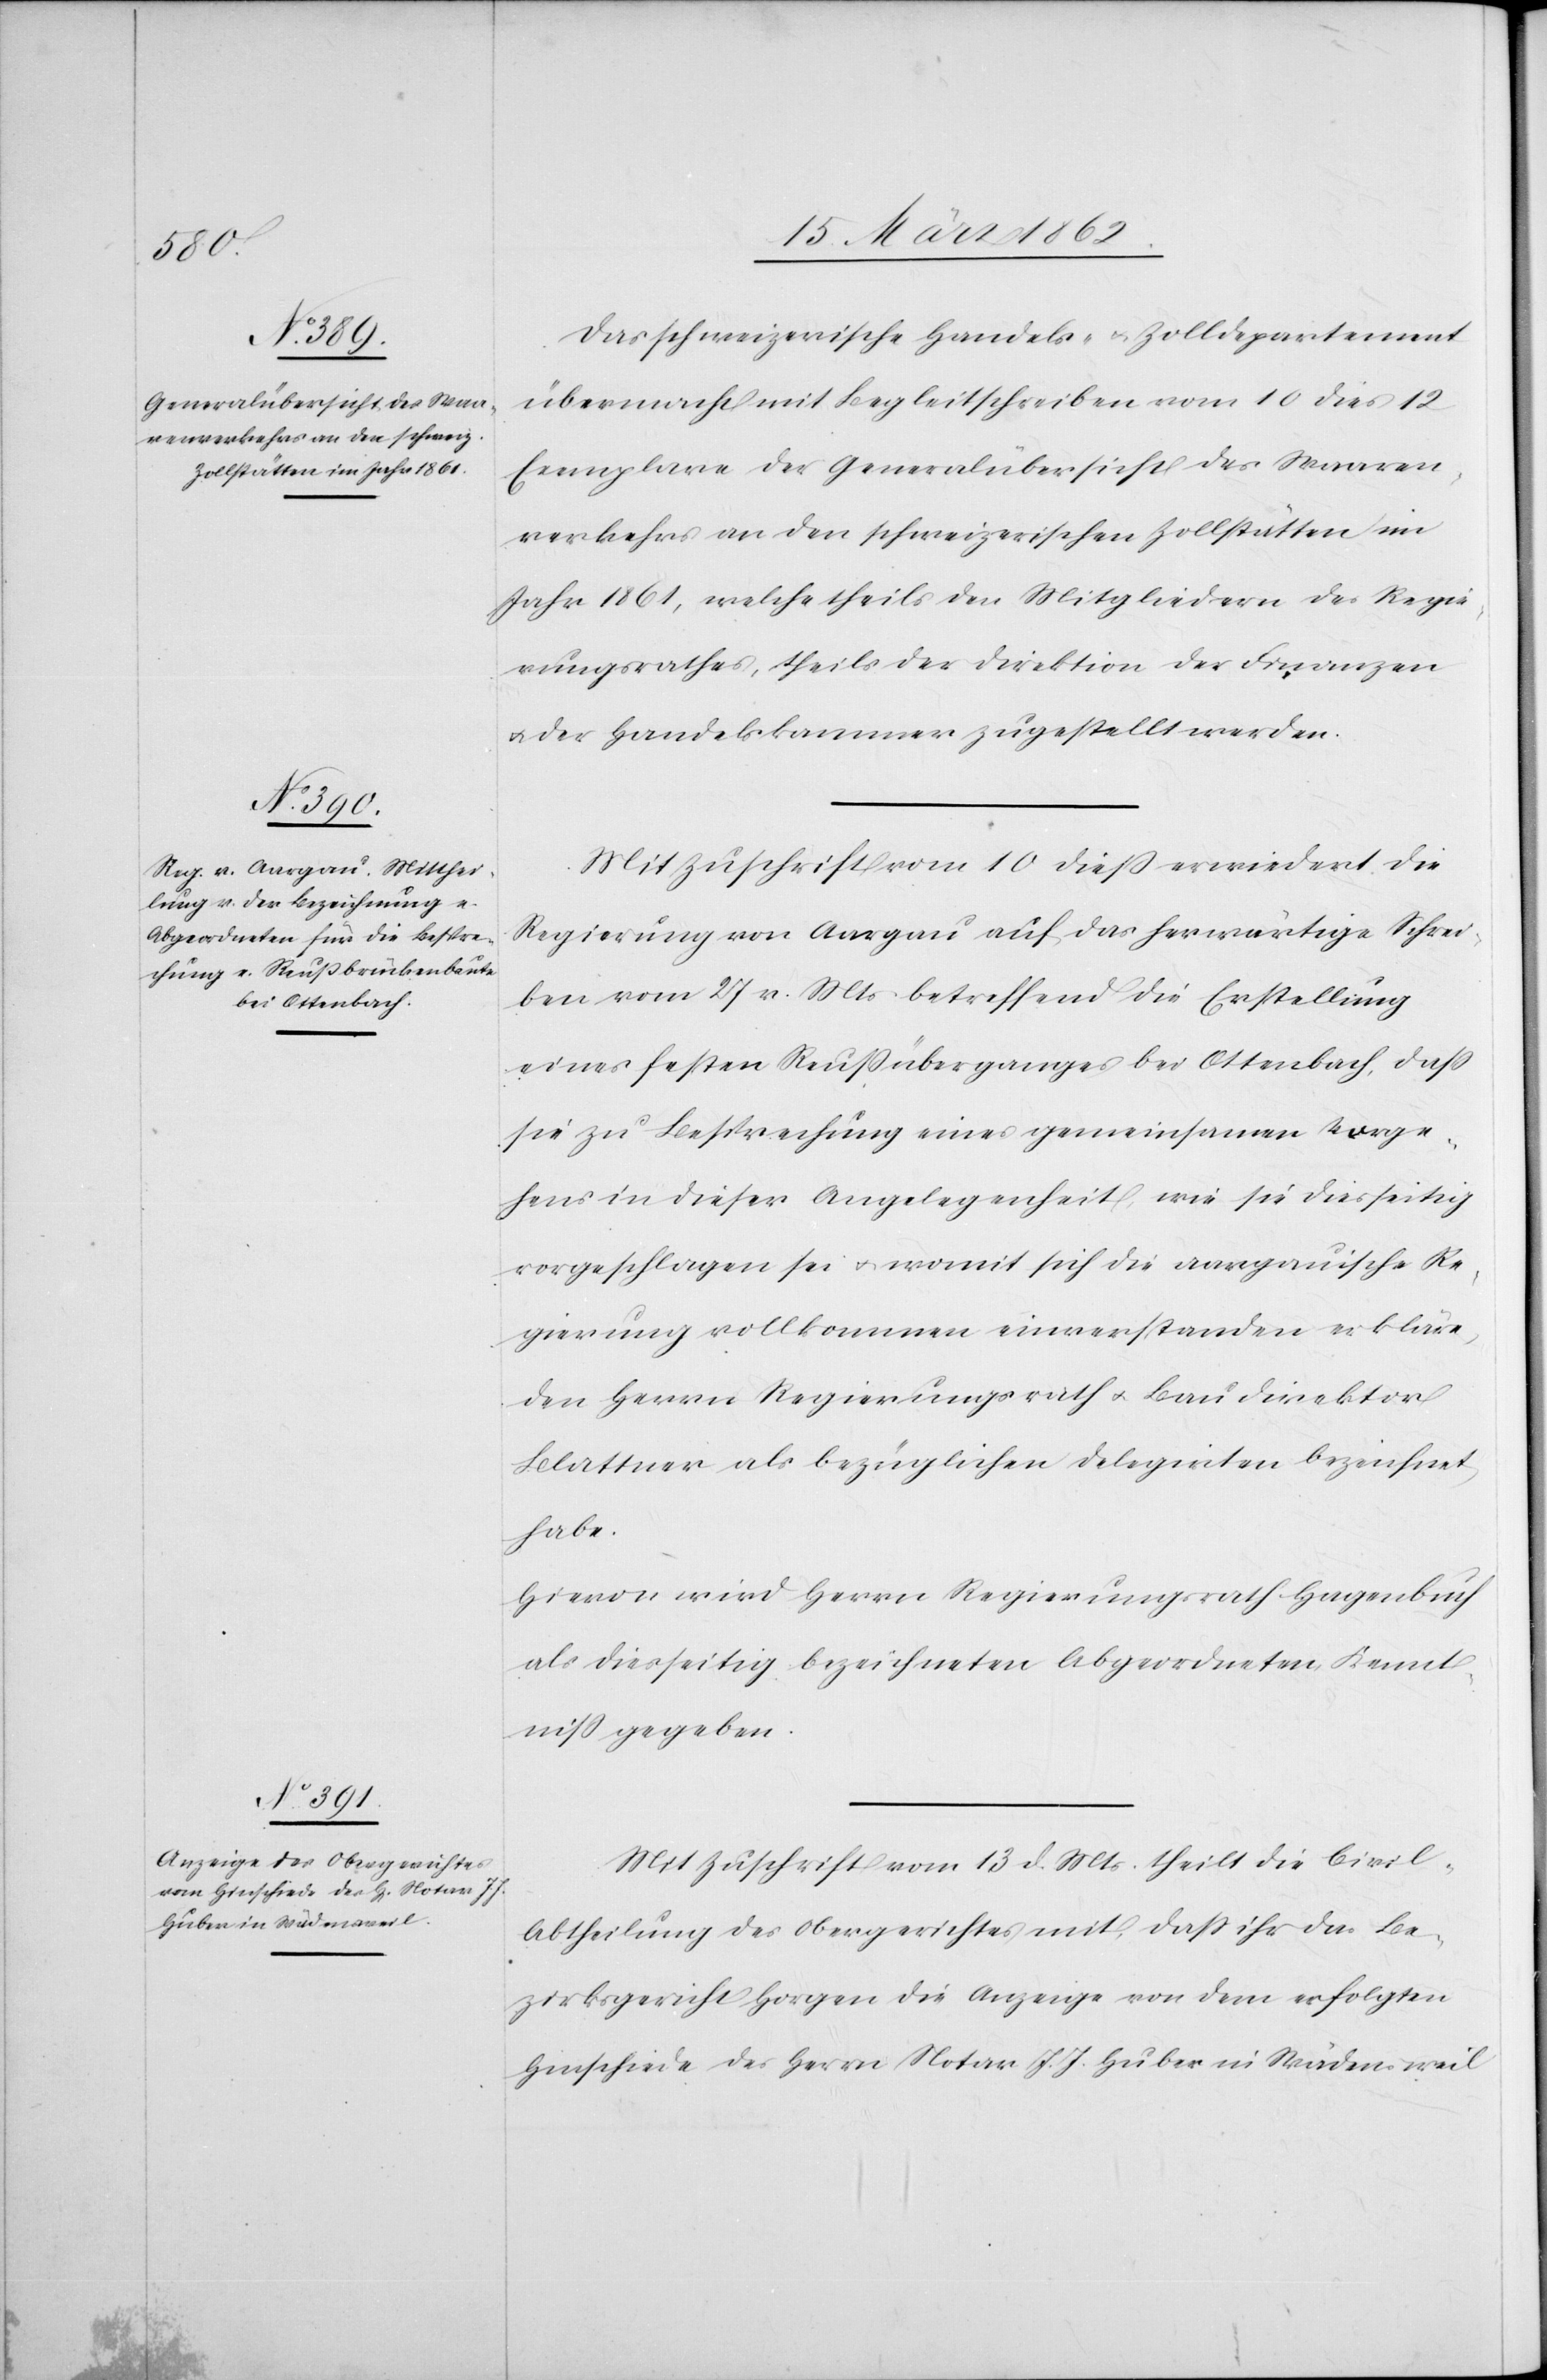
Das schweizerische Handels- u. Zolldepartement
übermacht mit Begleitschreiben vom 10 dies 12
Exemplare der Generalübersicht des Waaren¬
verkehrs an den schweizerischen Zollstätten im
Jahr 1861, welche theils den Mitgliedern des Regie¬
rungsrathes, theils der Direktion der Finanzen
u. der Handelskammer zugestellt werden.
Mit Zuschrift vom 10 dieß erwiedert die
Regierung von Aargau auf das herwärtige Schrei¬
ben vom 27 v. Mts betreffend die Erstellung
eines festen Reußüberganges bei Ottenbach, daß
sie zu Besprechung eines gemeinsamen Vorge¬
hens in dieser Angelegenheit, wie sie diesseitig
vorgeschlagen sei u. womit sich die aargauische Re¬
gierung vollkommen einverstanden erkläre,
den Herrn Regierungsrath u. Baudirektor
Blattner als bezüglichen Delegirten bezeichnet
habe.
Hievon wird Herrn Regierungsrath Hagenbuch
als diesseitig bezeichneten Abgeordneten Kant¬
on gegeben.
Mit Zuschrift vom 13 d. Mts. theilt die Civil-A¬
btheilung des Obergerichtes mit, daß ihr das Be¬
zirksgericht Horgen die Anzeige von dem erfolgten
Hinschiede des Herrn Notar J. J. Huber in Wädensweil